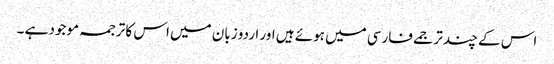
اس کے چند ترجمے فارسی میں ہوئے ہیں اور اردو زبان میں اس کا ترجمہ موجود ہے ۔